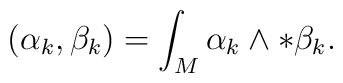
( \alpha_k, \beta_k ) = \int_M \alpha_k \wedge *\beta_k  .